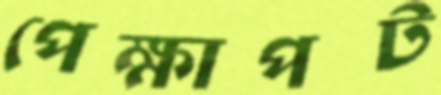
পেক্ষাপট